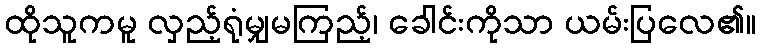
ထိုသူကမူ လှည့်ရုံမျှမကြည့်၊ ခေါင်းကိုသာ ယမ်းပြလေ၏။